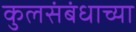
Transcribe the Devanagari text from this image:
कुलसंबंधाच्या